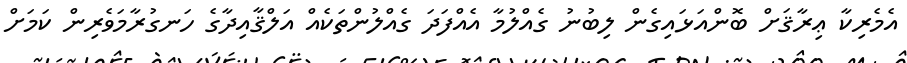
އެެމެރިކާ ޢިރާޤަށް ބޮންއަޅައިގެން ލިބުނު ގެއްލުމާ އެއްފަދަ ގެއްލުންތަކެއް އަލްޤާއިދާގެ ހަނގުރާމަވެރިން ކަމަށް